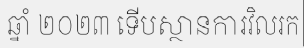
ឆ្នាំ ២០២៣ ទើបស្ថានការវិលរក